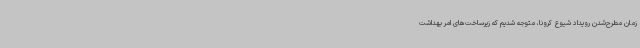
زمان مطرح‌شدن رویداد شیوع کرونا، متوجه شدیم که زیرساخت‌های امر بهداشت